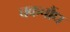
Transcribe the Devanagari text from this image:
चकचौंध